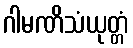
ဂါမဏိသံယုတ္တံ